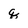
Character: q